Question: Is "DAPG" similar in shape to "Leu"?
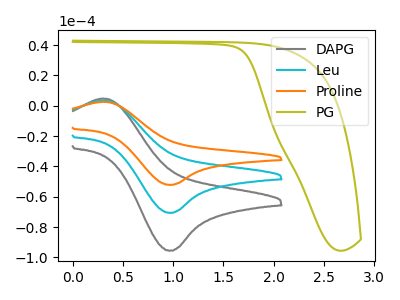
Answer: <think>The gray curve "DAPG" has an anodic peak at (0.30V, 4.70uA) and a cathodic peak at (0.95V, -95.55uA). The cyan curve "Leu" has an anodic peak at (0.30V, 3.50uA) and a cathodic peak at (0.95V, -70.60uA). The orange curve "Proline" has an anodic peak at (0.30V, 6.95uA) and a cathodic peak at (0.95V, -141.20uA). The olive curve "PG" has no peaks.
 All the peaks in "DAPG" have a peak in "Leu" at the same potential. Every peak in "DAPG" is higher than every peak in "Leu".</think>
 <answer>"DAPG" and "Leu" are similar in shape.</answer>
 <eval>same_shape</eval>